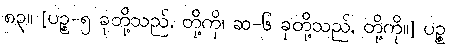
၈၃။ [ပဉ္စ-၅ ခုတို့သည်, တို့ကို၊ ဆ-၆ ခုတို့သည်, တို့ကို။] ပဉ္စ